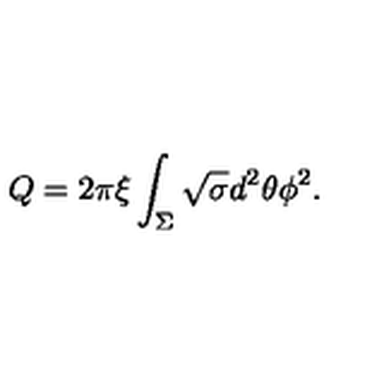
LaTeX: Q = 2 \pi \xi \int _ { \Sigma } \sqrt { \sigma } d ^ { 2 } \theta \phi ^ { 2 } .